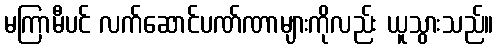
မကြာမီပင် လက်ဆောင်ပဏ်ဏာများကိုလည်း ယူသွားသည်။